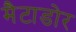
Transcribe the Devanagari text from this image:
मैटाडोर